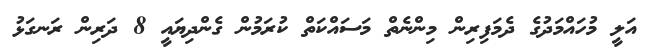
އަލީ މުހައްމަދުގެ ދެމަފިރިން މިންނެތް މަސައްކަތް ކުރަމުން ގެންދިޔައީ 8 ދަރިން ރަނގަޅު